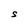
Character: S